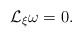
\begin{align*}\mathcal L_\xi\omega=0.\end{align*}